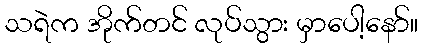
သရဲက အိုက်တင် လုပ်သွား မှာပေါ့နော်။